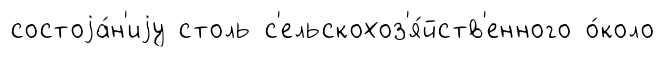
состоjа́н'иjу столь с'ельскохоз'я́йств'енного о́коло